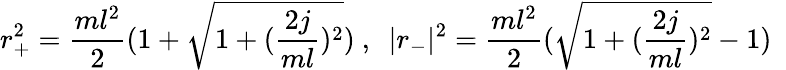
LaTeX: r_{+}^{2}={\frac{ml^{2}}{2}}(1+\sqrt{1+({\frac{2j}{ml}})^{2}})~,~~|r_{-}|^{2}={\frac{ml^{2}}{2}}(\sqrt{1+({\frac{2j}{ml}})^{2}}-1)~~